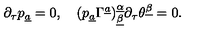
\partial _ { \tau } p _ { \underline { a } } = 0 , \quad ( p _ { \underline { a } } \Gamma ^ { \underline { a } } ) _ { \underline { \beta } } ^ { \underline { \alpha } } \partial _ { \tau } \theta ^ { \underline { \beta } } = 0 .